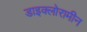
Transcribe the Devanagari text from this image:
डाइक्लोरामीन